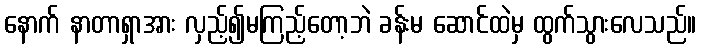
နောက် နာတာရှာအား လှည့်၍မကြည့်တော့ဘဲ ခန်းမ ဆောင်ထဲမှ ထွက်သွားလေသည်။